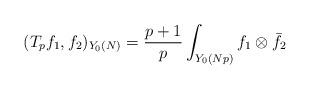
LaTeX: \begin{align*} (T_pf_1,f_2)_{Y_0(N)}=\frac{p+1}{p}\int_{Y_0(Np)} f_1\otimes\bar{f_2} \end{align*}